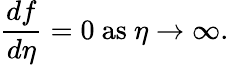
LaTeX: \frac{df}{d\eta}=0~\textrm{as}\ \eta\to\infty.